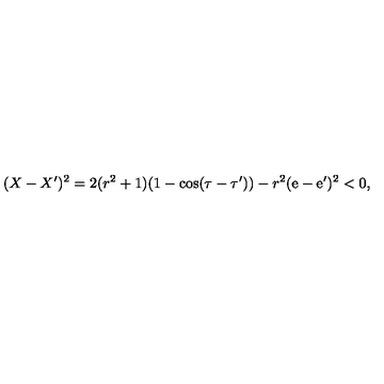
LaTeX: ( X - X ^ { \prime } ) ^ { 2 } = 2 ( r ^ { 2 } + 1 ) ( 1 - \cos ( \tau - \tau ^ { \prime } ) ) - r ^ { 2 } ( \mathrm { e } - \mathrm { e } ^ { \prime } ) ^ { 2 } < 0 ,